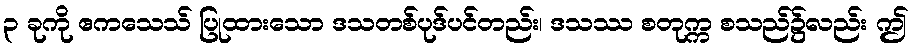
၃ ခုကို ဧကသေသ် ပြုထားသော ဒသတစ်ပုဒ်ပင်တည်း၊ ဒသဿ စတုက္က စသည်၌လည်း ဤ